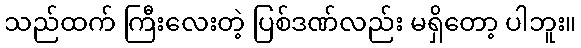
သည်ထက် ကြီးလေးတဲ့ ပြစ်ဒဏ်လည်း မရှိတော့ ပါဘူး။